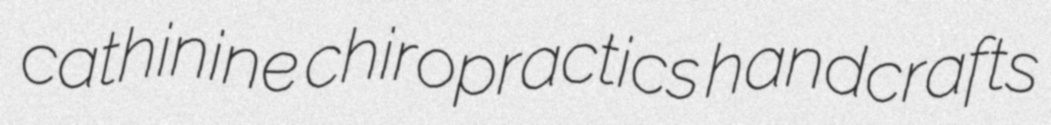
cathinine chiropractics handcrafts